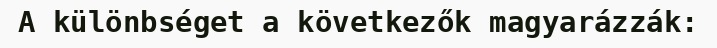
A különbséget a következők magyarázzák: